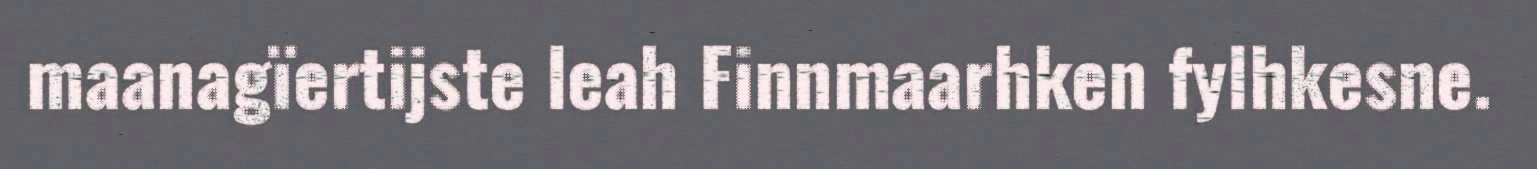
maanagïertijste leah Finnmaarhken fylhkesne.